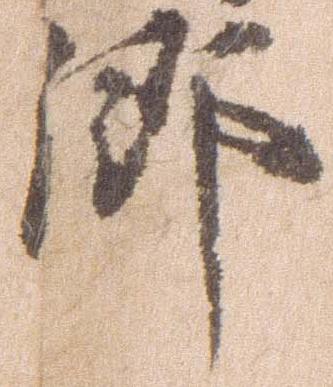
郷